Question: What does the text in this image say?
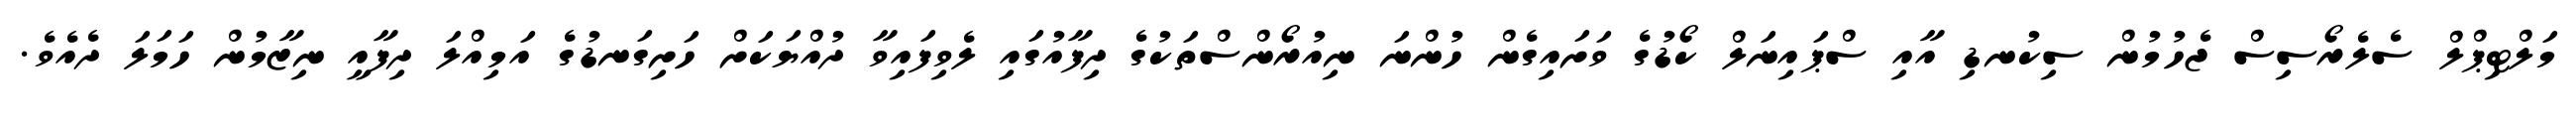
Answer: މަލްޓިޕްލް ސެލެރޯސިސް ޖެހުމުން ސިކުނޑި އާއި ސްޕައިނަލް ކޯޑުގެ ވަށައިގެން ހުންނަ ނިއުރޯންސްތަކުގެ ދިފާއުގައި ލެވިފައިވާ ދުއްޔަކަށް ހަށިގަނޑުގެ އަމިއްލަ ދިފާއީ ނިޒާމުން ހަމަލަ ދެއެވެ.